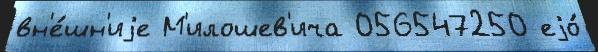
вн'е́шн'иjе М'илошев'ича 056547250 еjо́